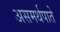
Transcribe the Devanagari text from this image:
असमर्थपाते